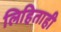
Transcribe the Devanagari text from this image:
लिहिताही